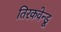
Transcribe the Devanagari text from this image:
तिरकवेन्डू